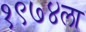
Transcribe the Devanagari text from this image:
१९७४ला